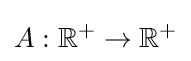
A:\mathbb {R} ^{+}\rightarrow \mathbb {R} ^{+}